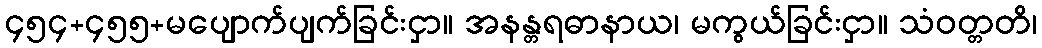
၄၅၄+၄၅၅+မပျောက်ပျက်ခြင်းငှာ။ အနန္တရဓာနာယ၊ မကွယ်ခြင်းငှာ။ သံဝတ္တတိ၊